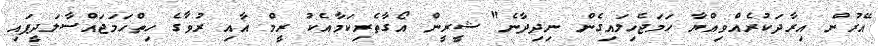
އޭރުން އިރާދަކުރެއްވިއްޔާ ހަމަޖެހިލައިގެން ނިދިދާނެ" ޝީރީން އޯގާތެރިކަމާއެކު ރީމް އާއި ރުވާގެ ހިތްހަމަޖައްސާލަދީފައި